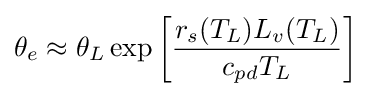
\theta _{e}\approx \theta _{L}\exp \left[{\frac {r_{s}(T_{L})L_{v}(T_{L})}{c_{pd}T_{L}}}\right]